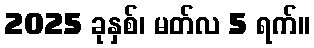
2025 ခုနှစ်၊ မတ်လ 5 ရက်။